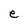
Character: e